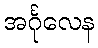
အင်္ဂုလေန